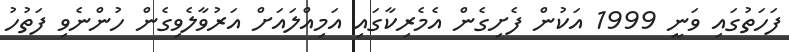
ފަހަތުގައި ވަނީ 1999 އަކުން ފެށިގެން އެމެރިކާގައި އަމިއްލައަށް އަރުވާލެވިގެން ހުންނެވި ފަތުހު